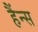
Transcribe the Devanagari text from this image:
हैंन्स